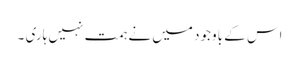
اس کے باوجود میں نے ہمت نہیں ہاری ۔